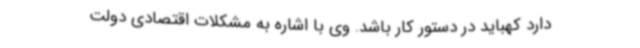
دارد کهباید در دستور کار باشد. وی با اشاره به مشکلات اقتصادی دولت